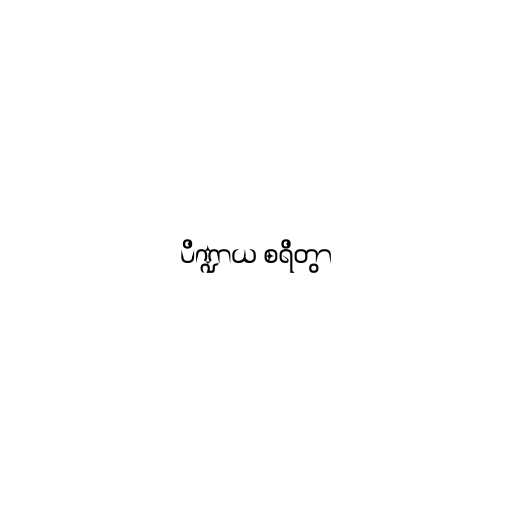
ပိဏ္ဍာယ စရိတွာ